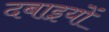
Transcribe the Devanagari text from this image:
दबाइयों